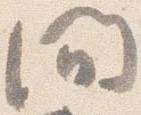
間